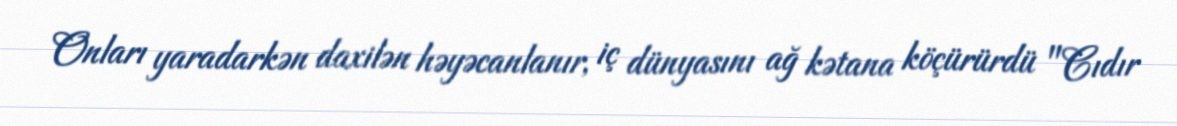
Onları yaradarkən daxilən həyəcanlanır, iç dünyasını ağ kətana köçürürdü "Cıdır